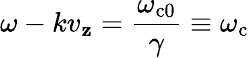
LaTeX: \omega-kv_{\mathbf{z}}=\frac{{\omega_{\mathrm{{c}}0}}}{{\gamma}}\equiv\omega_{\mathrm{{c}}}